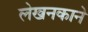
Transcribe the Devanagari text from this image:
लेखनकाने